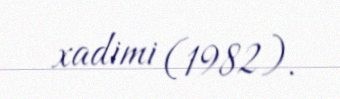
xadimi (1982).